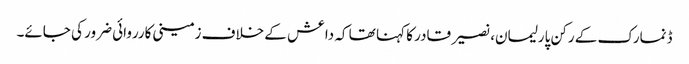
ڈنمارک کے رکن پارلیمان، نصیر قادر کا کہنا تھا کہ داعش کے خلاف زمینی کارروائی ضرور کی جائے۔